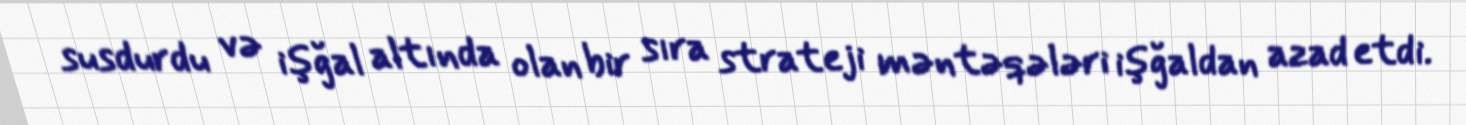
susdurdu və işğal altında olan bir sıra strateji məntəqələri işğaldan azad etdi.